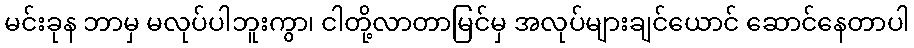
မင်းခုန ဘာမှ မလုပ်ပါဘူးကွာ၊ ငါတို့လာတာမြင်မှ အလုပ်များချင်ယောင် ဆောင်နေတာပါ